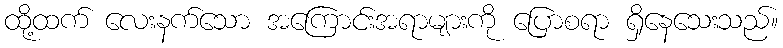
ထို့ထက် လေးနက်သော အကြောင်းအရာများကို ပြောစရာ ရှိနေသေးသည်။